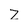
Character: Z